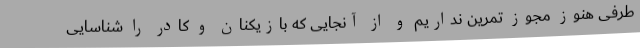
طرفی هنوز مجوز تمرین نداریم و از آنجایی که بازیکنان و کادر را شناسایی